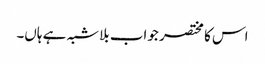
اس کا مختصر جواب بلاشبہ ہے ہاں۔